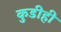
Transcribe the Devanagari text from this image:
कुडीही